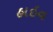
હાઇવ